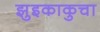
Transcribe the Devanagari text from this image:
झुइकाकुचा